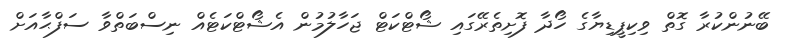
ބޭނުންކުރާ ގޮތް ވިކިޕީޑިޔާގެ ހޯދާ ފޮށިތެރޭގައި ޝޯޓްކަޓް ޖަހާލުމުން އެޝޯޓްކަޓެއް ނިސްބަތްވާ ސަފްޙާއަށް